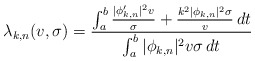
\begin{align*}\lambda_{k,n}(v,\sigma) = \frac{ \int_a^b \frac{|\phi_{k,n}'|^2 v}{\sigma} + \frac{k^2 |\phi_{k,n}|^2 \sigma}{v} \,dt}{ \int_a^b |\phi_{k,n}|^2 v \sigma \,dt}\end{align*}